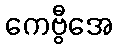
ကေဗွီအေ